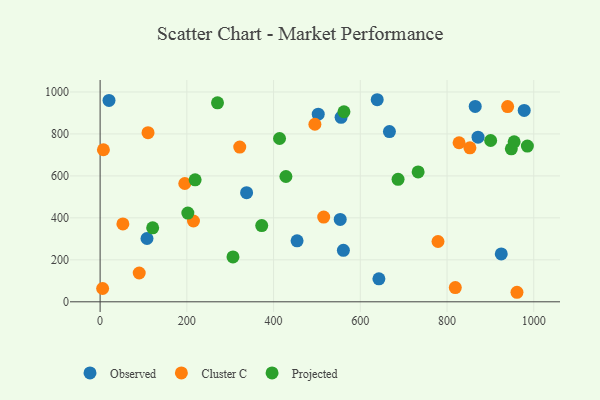
{"axis": {"x": "Study Hours", "y": "Demand"}, "legend": ["Cluster C", "Observed", "Projected"], "data": [{"x": "642.9", "y": 109.3, "type": "Observed"}, {"x": "925.1", "y": 228.1, "type": "Observed"}, {"x": "20.5", "y": 959.6, "type": "Observed"}, {"x": "871.5", "y": 784.7, "type": "Observed"}, {"x": "865.0", "y": 931.3, "type": "Observed"}, {"x": "553.7", "y": 392.4, "type": "Observed"}, {"x": "503.0", "y": 894.1, "type": "Observed"}, {"x": "555.7", "y": 879.1, "type": "Observed"}, {"x": "978.0", "y": 911.9, "type": "Observed"}, {"x": "639.0", "y": 963.1, "type": "Observed"}, {"x": "108.1", "y": 301.6, "type": "Observed"}, {"x": "337.8", "y": 519.9, "type": "Observed"}, {"x": "454.2", "y": 290.8, "type": "Observed"}, {"x": "667.2", "y": 811.5, "type": "Observed"}, {"x": "561.0", "y": 245.5, "type": "Observed"}, {"x": "939.8", "y": 930.6, "type": "Cluster C"}, {"x": "322.0", "y": 737.5, "type": "Cluster C"}, {"x": "5.8", "y": 63.3, "type": "Cluster C"}, {"x": "819.1", "y": 67.9, "type": "Cluster C"}, {"x": "495.3", "y": 846.2, "type": "Cluster C"}, {"x": "852.8", "y": 733.7, "type": "Cluster C"}, {"x": "827.8", "y": 758.0, "type": "Cluster C"}, {"x": "961.3", "y": 45.4, "type": "Cluster C"}, {"x": "195.3", "y": 563.8, "type": "Cluster C"}, {"x": "779.2", "y": 287.4, "type": "Cluster C"}, {"x": "215.3", "y": 385.0, "type": "Cluster C"}, {"x": "7.6", "y": 724.6, "type": "Cluster C"}, {"x": "515.6", "y": 403.6, "type": "Cluster C"}, {"x": "90.2", "y": 137.2, "type": "Cluster C"}, {"x": "52.5", "y": 371.2, "type": "Cluster C"}, {"x": "110.5", "y": 806.1, "type": "Cluster C"}, {"x": "413.8", "y": 778.4, "type": "Projected"}, {"x": "900.6", "y": 768.8, "type": "Projected"}, {"x": "687.1", "y": 583.9, "type": "Projected"}, {"x": "372.7", "y": 363.3, "type": "Projected"}, {"x": "562.3", "y": 905.8, "type": "Projected"}, {"x": "428.5", "y": 597.3, "type": "Projected"}, {"x": "948.3", "y": 729.1, "type": "Projected"}, {"x": "270.7", "y": 948.5, "type": "Projected"}, {"x": "306.4", "y": 214.0, "type": "Projected"}, {"x": "219.1", "y": 581.4, "type": "Projected"}, {"x": "985.3", "y": 742.1, "type": "Projected"}, {"x": "202.3", "y": 423.0, "type": "Projected"}, {"x": "733.4", "y": 618.8, "type": "Projected"}, {"x": "954.8", "y": 762.5, "type": "Projected"}, {"x": "121.2", "y": 352.4, "type": "Projected"}]}